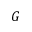
G